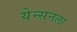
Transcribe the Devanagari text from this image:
येन्सनला